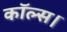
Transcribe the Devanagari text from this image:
कॉल्‍स।